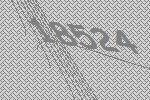
18524